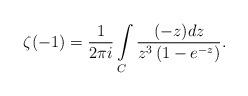
LaTeX: \begin{align*}\zeta(-1)=\frac{1}{2\pi i}\int\limits_{C}^{}\frac{(-z)dz}{z^3\left(1-e^{-z}\right)}.\end{align*}